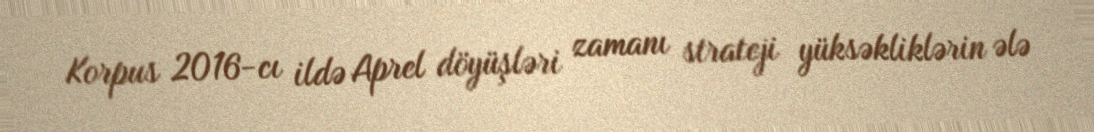
Korpus 2016-cı ildə Aprel döyüşləri zamanı strateji yüksəkliklərin ələ